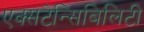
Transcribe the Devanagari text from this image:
एक्सटेन्सिबिलिटी